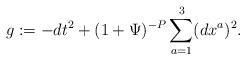
LaTeX: \begin{align*} g:= - dt^2 + (1 + \Psi)^{-P} \sum_{a=1}^3 (dx^a)^2.\end{align*}